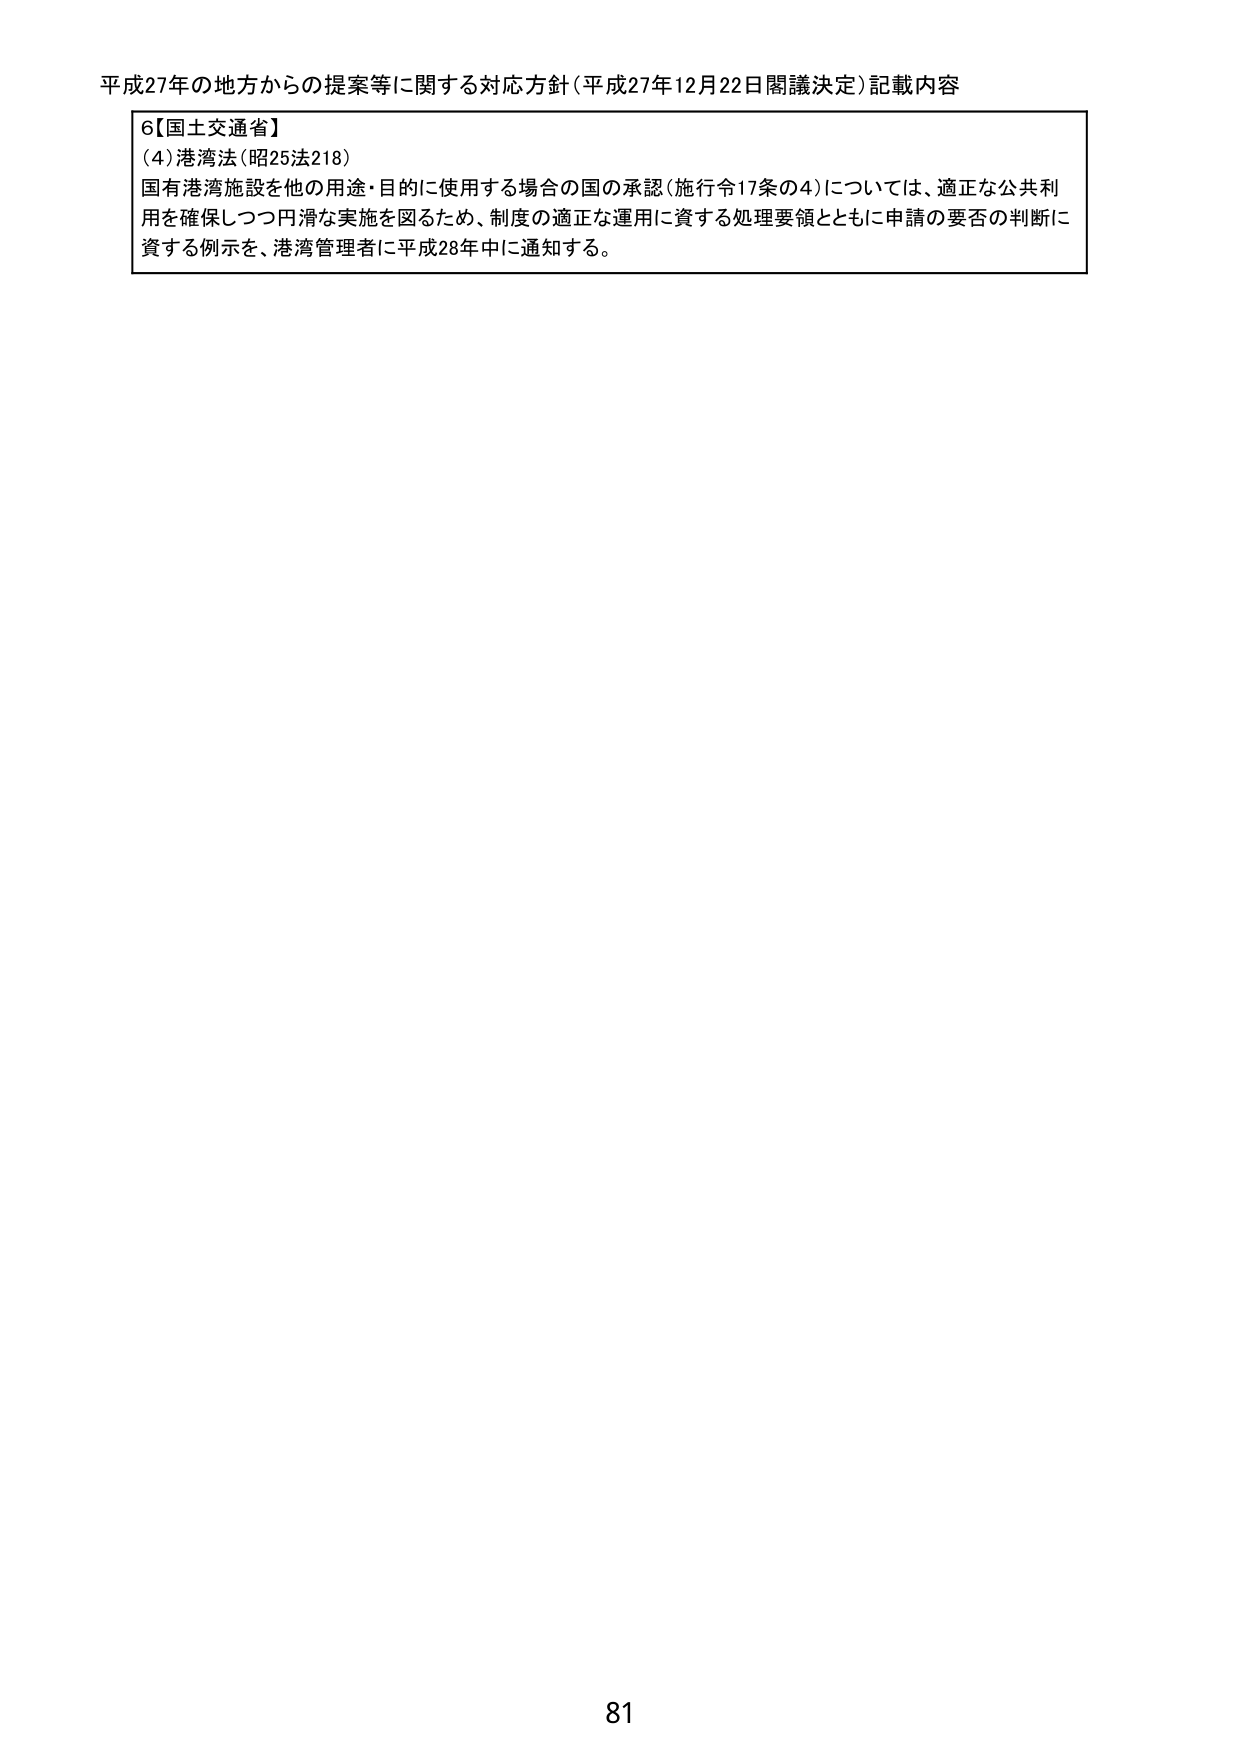
平成27年の地方からの提案等に関する対応方針（平成27年12月22日閣議決定）記載内容

6【国土交通省】
（4）港湾法（昭25法218）
国有港湾施設を他の用途・目的に使用する場合の国の承認（施行令17条の4）については、適正な公共利用を確保しつつ円滑な実施を図るため、制度の適正な運用に資する処理要領とともに申請の要否の判断に資する例示を、港湾管理者に平成28年中に通知する。

81